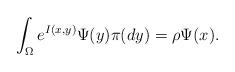
LaTeX: \begin{align*}\int_{\Omega} e^{I(x,y)}\Psi(y)\pi(dy)=\rho \Psi(x).\end{align*}